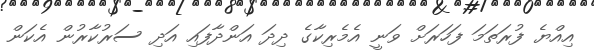
އިއްޔެ ފުރަތަމަ ފަހަރަށް ވަނީ އެމެރިކާގެ ދިދަ އަންދާފައި އަދި ސަރުކާރުން އެކަން